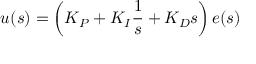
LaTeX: u ( s ) = \left( K _ { P } + K _ { I } { \frac { 1 } { s } } + K _ { D } s \right) e ( s )